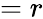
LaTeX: =r